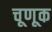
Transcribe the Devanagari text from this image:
चूणूक